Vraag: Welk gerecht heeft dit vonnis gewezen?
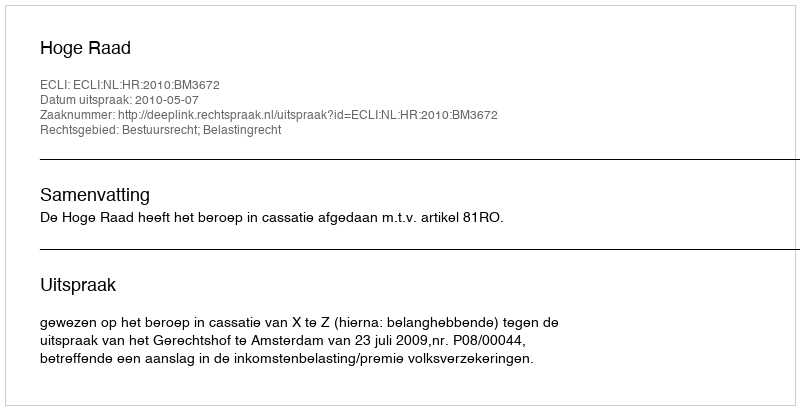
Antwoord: Hoge Raad